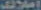
إملائك